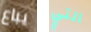
يباع التي